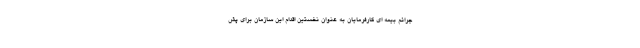
جرائم بیمه ای کارفرمایان به عنوان نخستین اقدام این سازمان برای پش